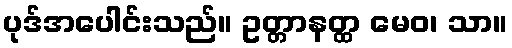
ပုဒ်အပေါင်းသည်။ ဥတ္တာနတ္ထ မေဝ၊ သာ။